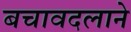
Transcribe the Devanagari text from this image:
बचावदलाने